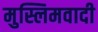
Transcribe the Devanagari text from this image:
मुस्लिमवादी